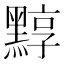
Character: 𪑒